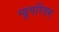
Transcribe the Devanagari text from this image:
प्यूपरियम